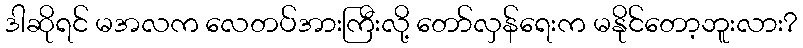
ဒါဆိုရင် မအလက လေတပ်အားကြီးလို့ တော်လှန်ရေးက မနိုင်တော့ဘူးလား?